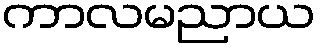
ကာလမညာယ